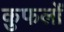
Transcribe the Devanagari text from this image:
कुफलों